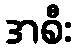
အစီး